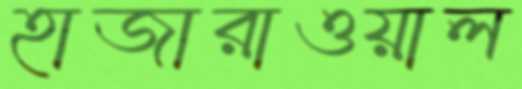
হাজারাওয়াল